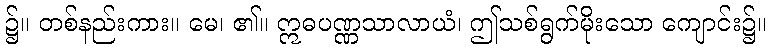
၌။ တစ်နည်းကား။ မေ၊ ၏။ ဣဓပဏ္ဏသာလာယံ၊ ဤသစ်ရွက်မိုးသော ကျောင်း၌။